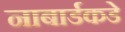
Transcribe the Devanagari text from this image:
नाबार्डकडे